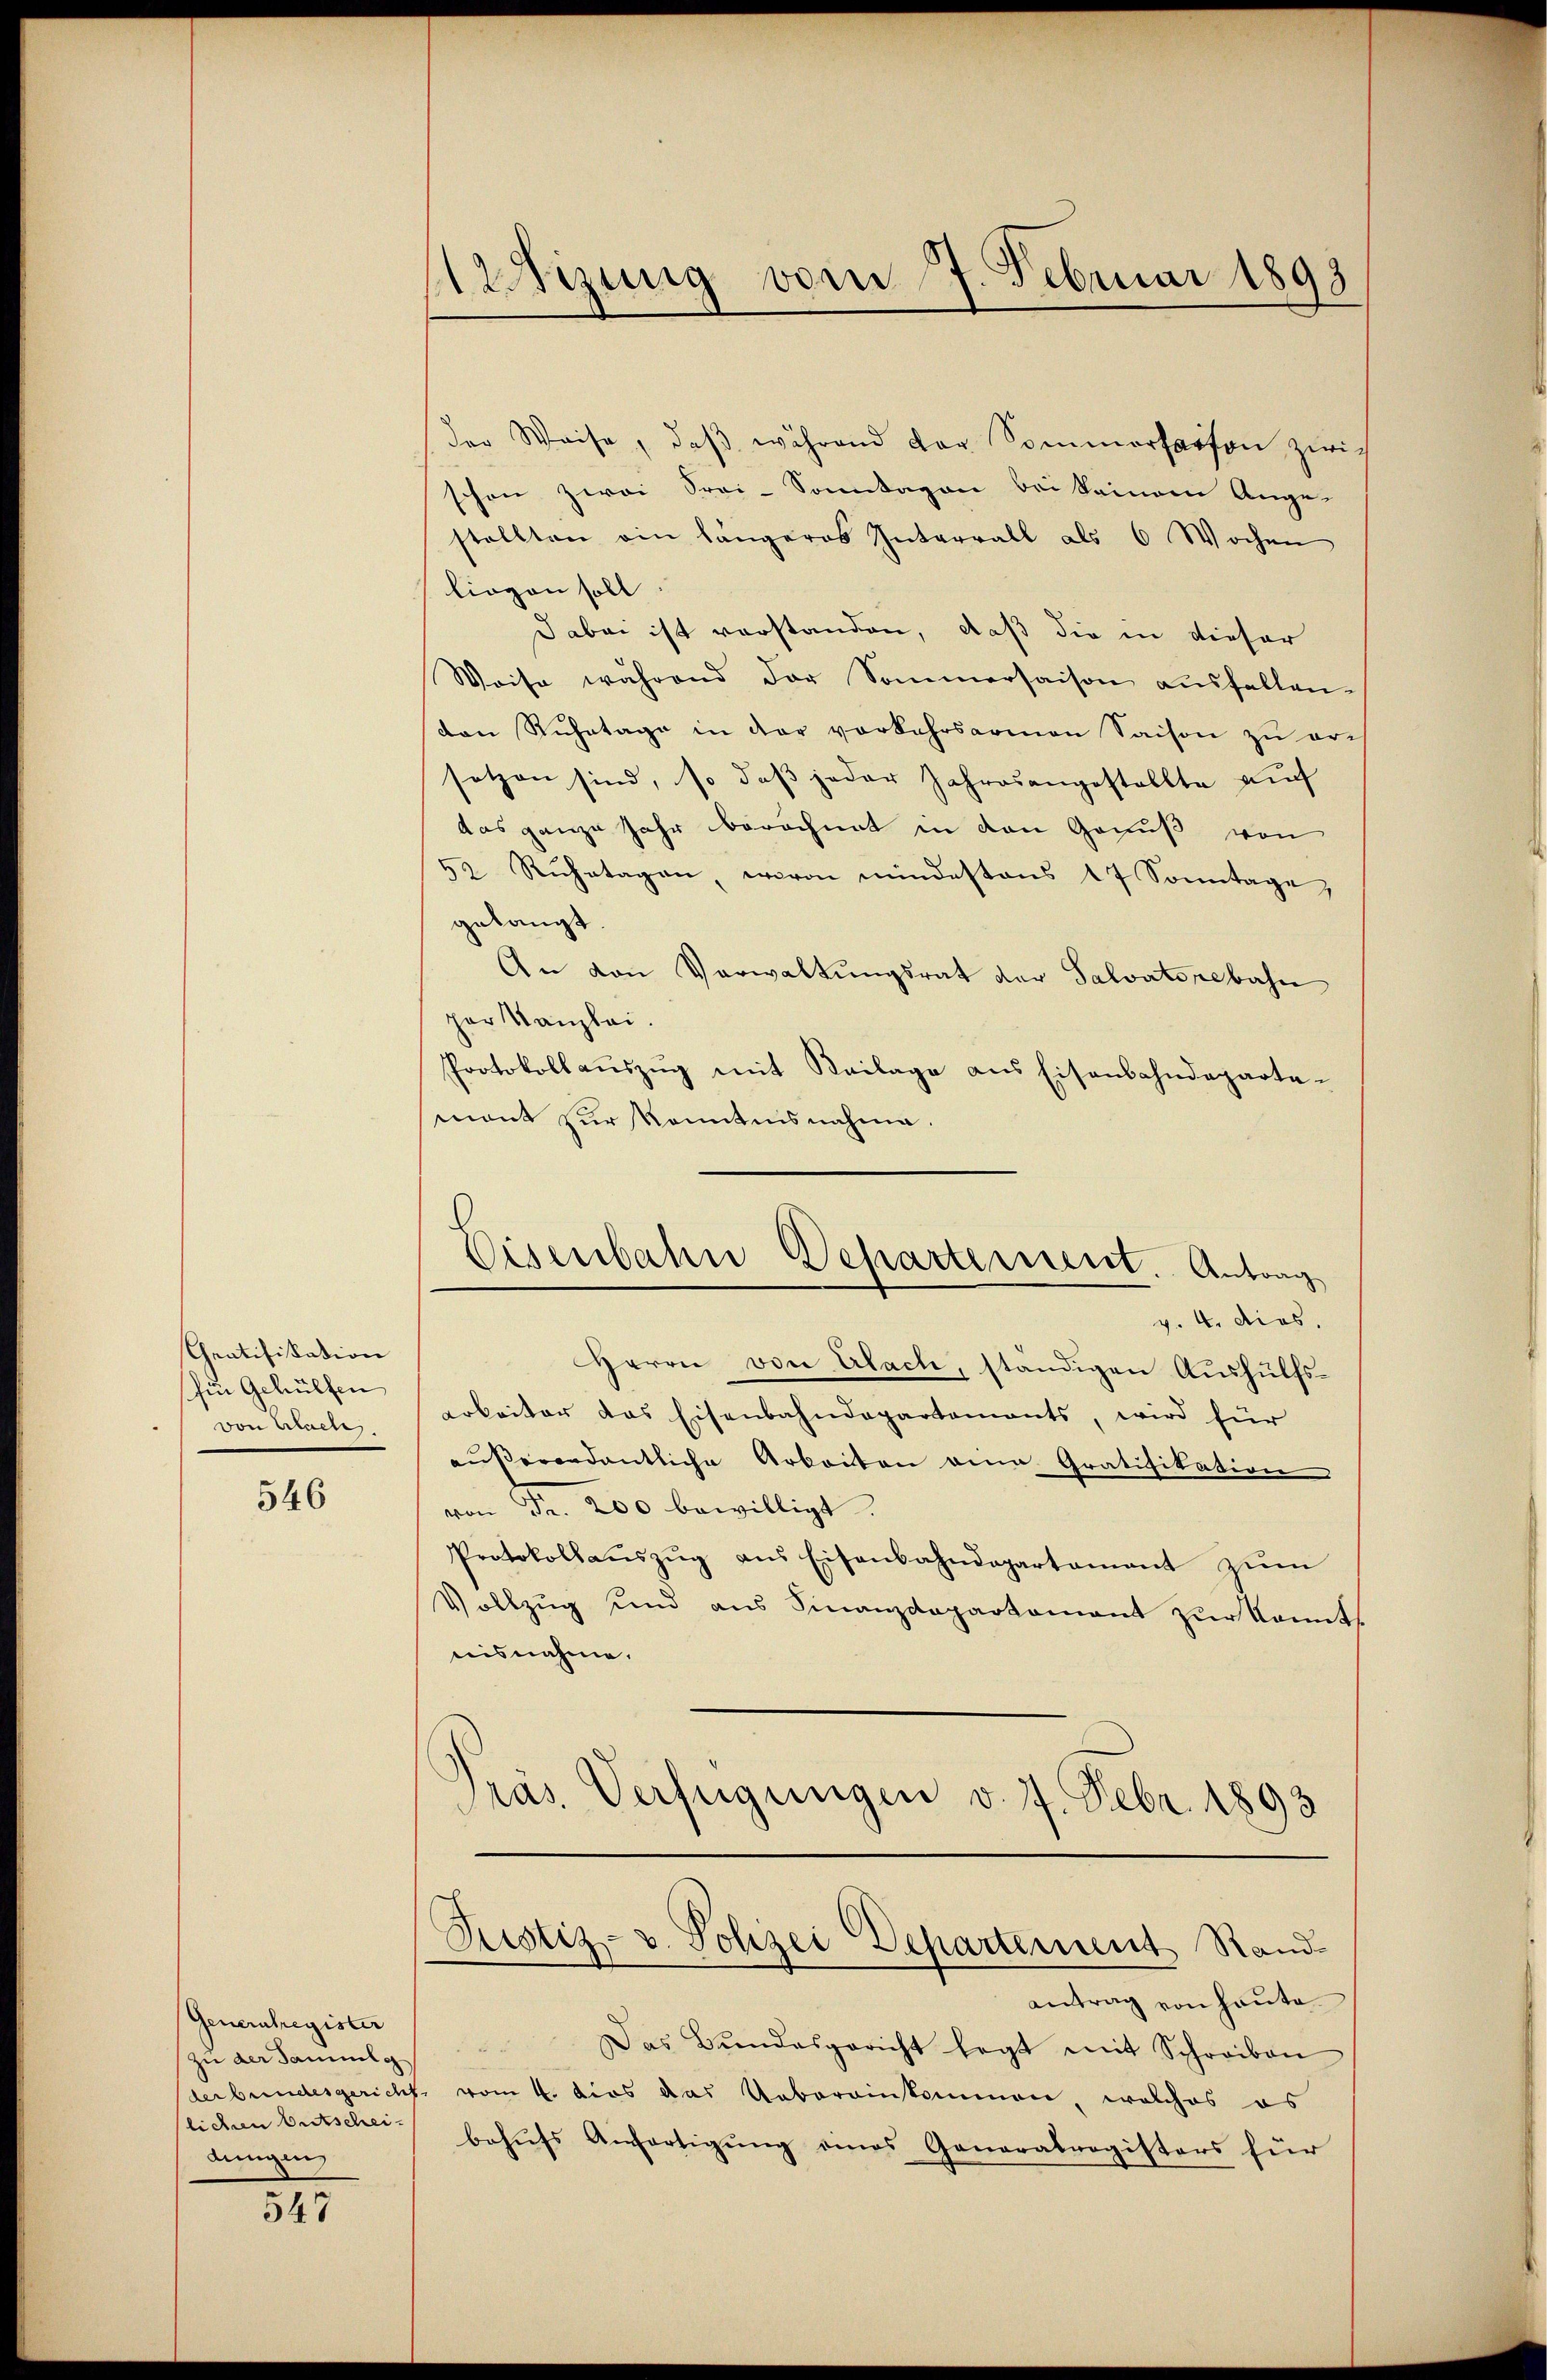
Gratifikation
fin Gehülfen
von Erlach.

546

Generstregister
zu der Sammlg
lichen Entscheidungen

547

Wizung vom 7. Februar 1893

der Weise, daβ während der Sommerfarfon zwich
schon zwei Srai-Sonntagen bei keinem Ange-
stellten ein längeres Interrall als 6 Wochen
liegen soll.
Dabei ist vorstanden, daß die in dieser
Weise während der Sommersaison aŭsfallen.
von Ruhetage in der vorkehrsarmen Saison zu ersetzen sind, so daβ jeder Jahresangestellte auf
das ganze Jahr berechnet in den Genuß von
52 Rŭhetagen, wovon mindestens 17 Sonntage,
gelangt.
An von Verwaltŭngsrat der Salvatorebahn
per Kanzlei.
Protokollaŭszŭg mit Keilage aus Eisenbahndeparta-
mant zur Kenntnisnahme.
Eisenbahn Departement. Antrag
v. 4. dies.
Herrn von Alach, ständigen Aushülfsarbeiter das Eisenbahndepartements, wird für
außerordentliche Arbeiten eine Gratifikation
von Fr. 200 bewilligt.
Protokollaŭszŭg ans Eisenbahndepartament zŭm
Vollzug und aus Finanzdepartament zur konnt
nisnahme.
Präs. Verfügungen v. 7. Febr. 1893

Justiz- u. Polizei Departement Stand¬

antrag von Haute
 Das Bŭndesgericht legt mit Schreiben
derbundesgericht vom 4. dies das Uebereinkommen, welches es
behŭfs Anfertigŭng eines Generalregisters für